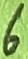
Text: 6